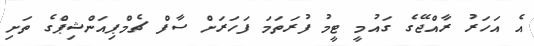
އެ އަހަރު ރާއްޖޭގެ ގައުމީ ޓީމު ފުރަތަމަ ފަހަރަށް ސާފް ޗެމްޕިއަންޝިޕްގެ ތަށި